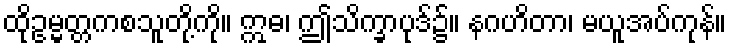
ထိုဥမ္မတ္တကစသူတို့ကို။ ဣဓ၊ ဤသိက္ခာပုဒ်၌။ နဂဟိတာ၊ မယူအပ်ကုန်။